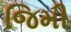
જિમી